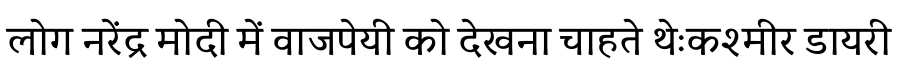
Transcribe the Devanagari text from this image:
लोग नरेंद्र मोदी में वाजपेयी को देखना चाहते थेःकश्मीर डायरी